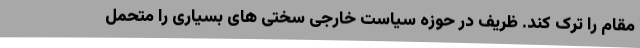
مقام را ترک کند. ظریف در حوزه سیاست خارجی سختی های بسیاری را متحمل